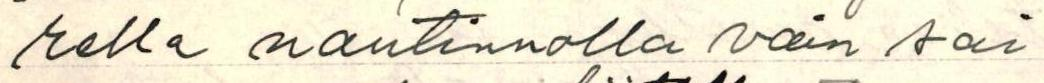
rella nautinnolla vain sai